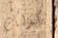
كذلك